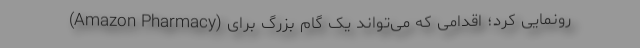
(Amazon Pharmacy) رونمایی کرد؛ اقدامی که می‌تواند یک گام بزرگ برای